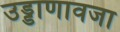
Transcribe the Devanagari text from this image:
उड्डाणावजा